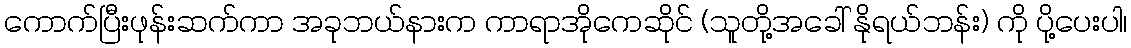
ကောက်ပြီးဖုန်းဆက်ကာ အခုဘယ်နားက ကာရာအိုကေဆိုင် (သူတို့အခေါ် နိုရယ်ဘန်း) ကို ပို့ပေးပါ၊